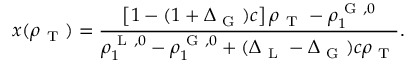
x ( \rho _ { \mathrm { ~ T ~ } } ) = \frac { \left[ 1 - ( 1 + \Delta _ { \mathrm { ~ G ~ } } ) c \right] \rho _ { \mathrm { ~ T ~ } } - \rho _ { 1 } ^ { \mathrm { ~ G ~ } , 0 } } { \rho _ { 1 } ^ { \mathrm { ~ L ~ } , 0 } - \rho _ { 1 } ^ { \mathrm { ~ G ~ } , 0 } + ( \Delta _ { \mathrm { ~ L ~ } } - \Delta _ { \mathrm { ~ G ~ } } ) c \rho _ { \mathrm { ~ T ~ } } } .